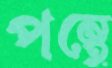
পন্থে